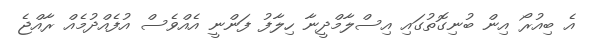
އެ ބިއުރޯ އިން ބުނިގޮތުގައި އިސްލާމްދީނާ ހިލާފު ފަންނީ އެއްވެސް އުފެއްދުމެއް ރާއްޖެ